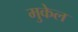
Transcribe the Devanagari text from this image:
मुकेल